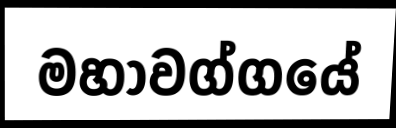
මහාවග්ගයේ